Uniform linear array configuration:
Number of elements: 8
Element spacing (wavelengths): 1
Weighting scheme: blackman
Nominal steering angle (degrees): -45
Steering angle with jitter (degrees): -44.978
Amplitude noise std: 0.05
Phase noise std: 0.05

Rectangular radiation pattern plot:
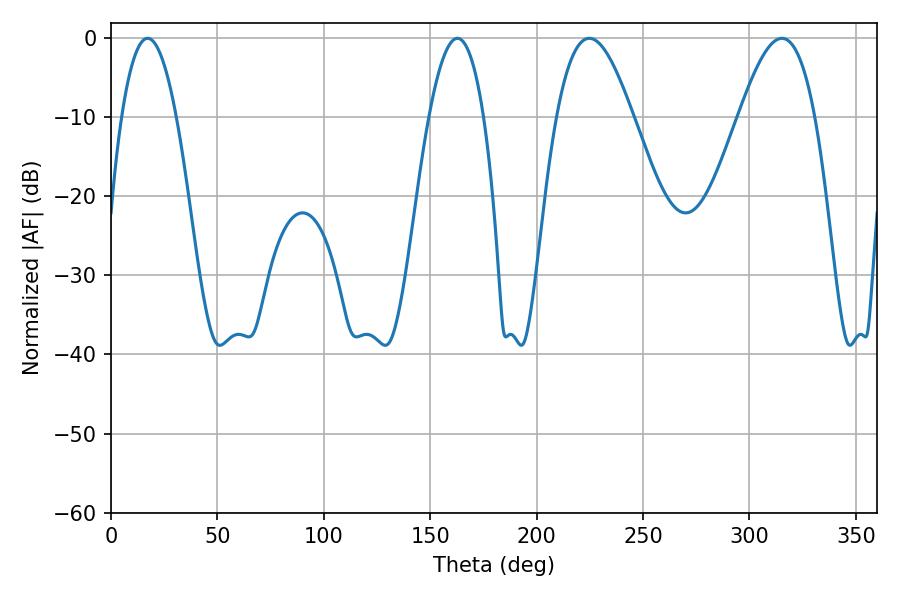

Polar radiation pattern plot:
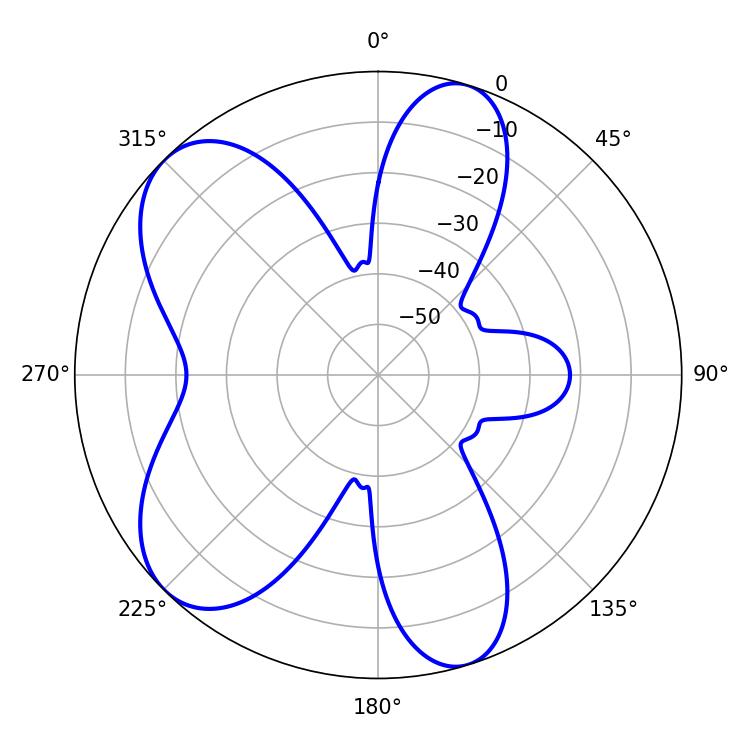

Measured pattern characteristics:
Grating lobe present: TRUE
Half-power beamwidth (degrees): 19.44
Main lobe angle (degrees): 224.82